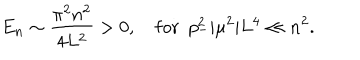
LaTeX: E _ { n } \sim \frac { \pi ^ { 2 } n ^ { 2 } } { 4 L ^ { 2 } } > 0 , \mathrm { f o r } \ \ p _ { - } ^ { 2 } | \mu ^ { 2 } | L ^ { 4 } \ll n ^ { 2 } .